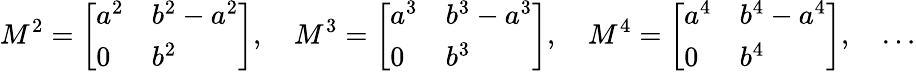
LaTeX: M^{2}={\left[\begin{array}{ll}{a^{2}}&{b^{2}-a^{2}}\\ {0}&{b^{2}}\end{array}\right]},\quad M^{3}={\left[\begin{array}{ll}{a^{3}}&{b^{3}-a^{3}}\\ {0}&{b^{3}}\end{array}\right]},\quad M^{4}={\left[\begin{array}{ll}{a^{4}}&{b^{4}-a^{4}}\\ {0}&{b^{4}}\end{array}\right]},\quad\ldots